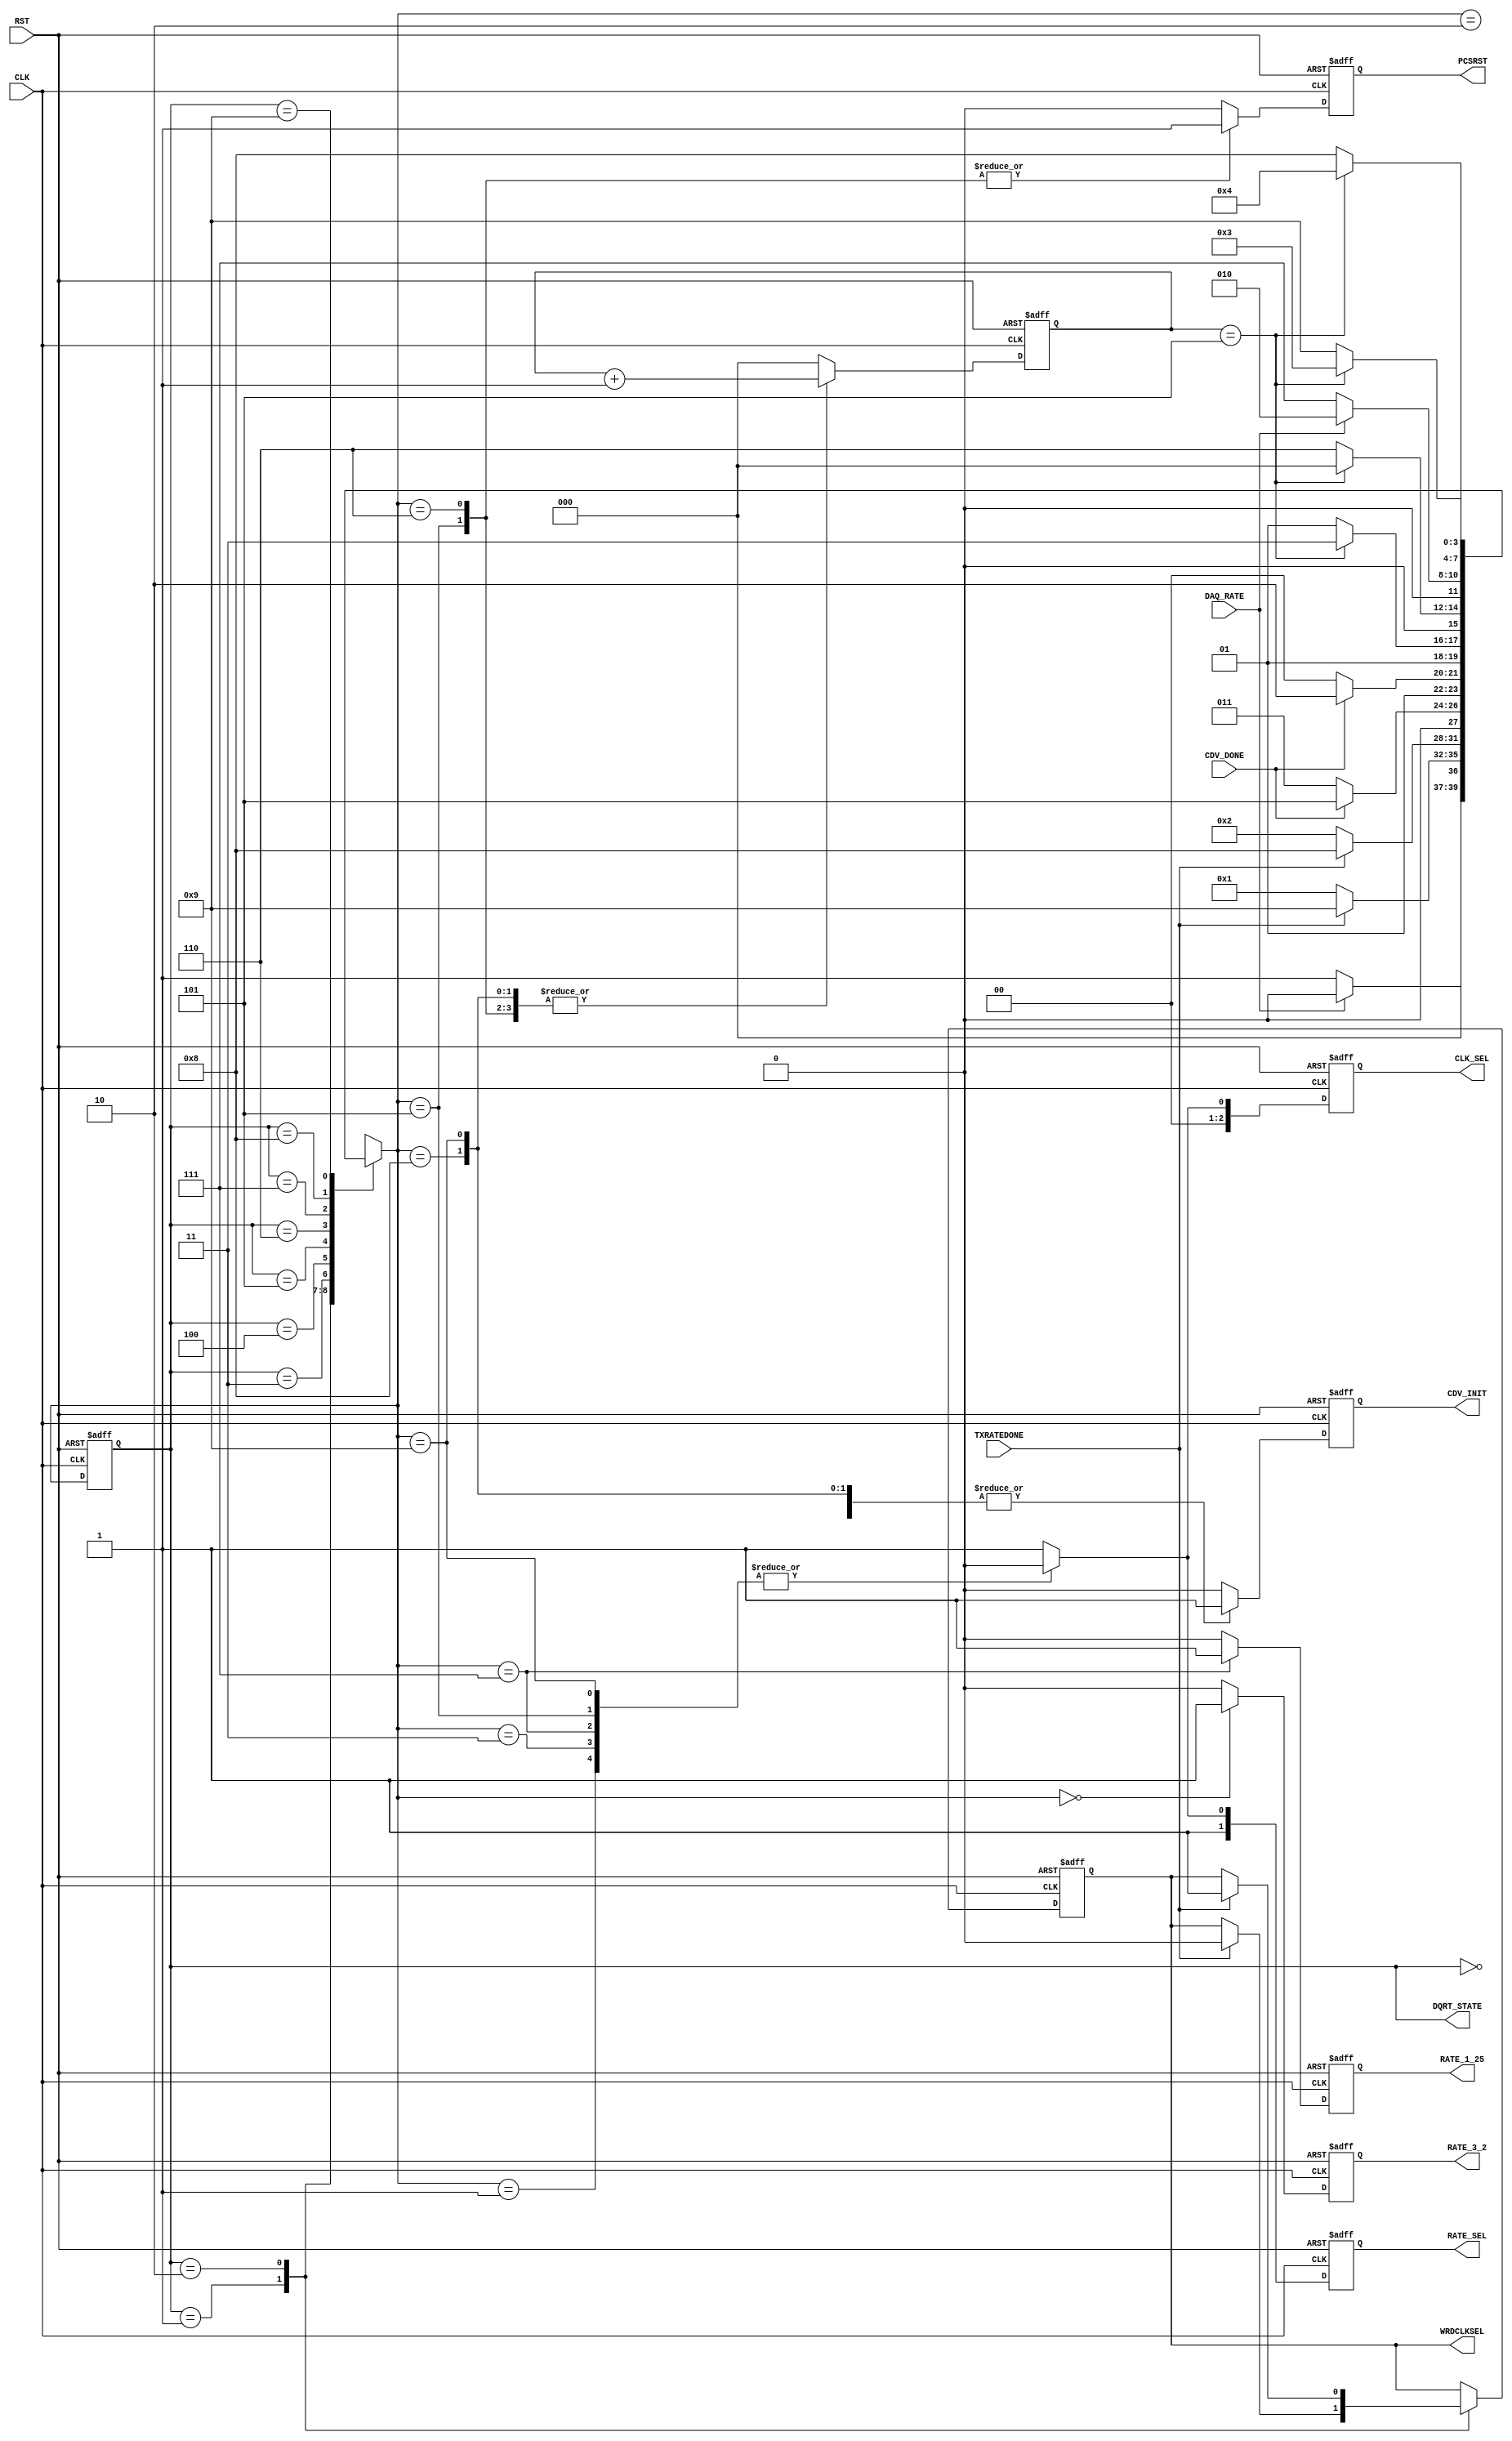
module DAQ_Rate_Sel_FSM (
  output reg CDV_INIT,
  output reg [2:0] CLK_SEL,
  output reg PCSRST,
  output reg RATE_1_25,
  output reg RATE_3_2,
  output reg [1:0] RATE_SEL,
  output reg WRDCLKSEL,
  output wire [3:0] DQRT_STATE,
  input CDV_DONE,
  input CLK,
  input DAQ_RATE,
  input RST,
  input TXRATEDONE 
);

  // state bits
  parameter 
  ST_3_2_GBPS  = 4'b0000, 
  RefClk125    = 4'b0001, 
  RefClk160    = 4'b0010, 
  RstClkDiv125 = 4'b0011, 
  RstClkDiv160 = 4'b0100, 
  RstPCS125    = 4'b0101, 
  RstPCS160    = 4'b0110, 
  ST_1_25_GBPS = 4'b0111, 
  WrdClk160    = 4'b1000, 
  WrdClk62_5   = 4'b1001; 

  reg [3:0] state;

  assign DQRT_STATE = state;

  reg [3:0] nextstate;

  reg [2:0] cnt;
  reg next_WRDCLKSEL;

  // comb always block
  always @* begin
    nextstate = 4'bxxxx; // default to x because default_state_is_x is set
    next_WRDCLKSEL = WRDCLKSEL;
    case (state)
      ST_3_2_GBPS : if (!DAQ_RATE)         nextstate = RefClk125;
                    else                   nextstate = ST_3_2_GBPS;
      RefClk125   : begin
        if             (TXRATEDONE) begin
                                           nextstate = WrdClk62_5;
                                           next_WRDCLKSEL = 0;
        end
        else                               nextstate = RefClk125;
      end
      RefClk160   : begin
        if             (TXRATEDONE) begin
                                           nextstate = WrdClk160;
                                           next_WRDCLKSEL = 1;
        end
        else                               nextstate = RefClk160;
      end
      RstClkDiv125: if (CDV_DONE)          nextstate = RstPCS125;
                    else                   nextstate = RstClkDiv125;
      RstClkDiv160: if (CDV_DONE)          nextstate = RstPCS160;
                    else                   nextstate = RstClkDiv160;
      RstPCS125   : if (cnt == 3'd5)       nextstate = ST_1_25_GBPS;
                    else                   nextstate = RstPCS125;
      RstPCS160   : if (cnt == 3'd5)       nextstate = ST_3_2_GBPS;
                    else                   nextstate = RstPCS160;
      ST_1_25_GBPS: if (DAQ_RATE)          nextstate = RefClk160;
                    else                   nextstate = ST_1_25_GBPS;
      WrdClk160   : if (cnt == 3'd5)       nextstate = RstClkDiv160;
                    else                   nextstate = WrdClk160;
      WrdClk62_5  : if (cnt == 3'd5)       nextstate = RstClkDiv125;
                    else                   nextstate = WrdClk62_5;
    endcase
  end

  // Assign reg'd outputs to state bits

  // sequential always block
  always @(posedge CLK or posedge RST) begin
    if (RST) begin
      state <= ST_3_2_GBPS;
      WRDCLKSEL <= 1;
    end
    else begin
      state <= nextstate;
      WRDCLKSEL <= next_WRDCLKSEL;
    end
  end

  // datapath sequential always block
  always @(posedge CLK or posedge RST) begin
    if (RST) begin
      CDV_INIT <= 0;
      CLK_SEL <= 3'b001;
      PCSRST <= 0;
      RATE_1_25 <= 0;
      RATE_3_2 <= 0;
      RATE_SEL <= 2'b11;
      cnt <= 3'h0;
    end
    else begin
      CDV_INIT <= 0; // default
      CLK_SEL <= 3'b001; // default
      PCSRST <= 0; // default
      RATE_1_25 <= 0; // default
      RATE_3_2 <= 0; // default
      RATE_SEL <= 2'b11; // default
      cnt <= 3'h0; // default
      case (nextstate)
        ST_3_2_GBPS :        RATE_3_2 <= 1;
        RefClk125   : begin
                             CDV_INIT <= 1;
                             CLK_SEL <= 3'b000;
                             RATE_SEL <= 2'b10;
        end
        RefClk160   :        CDV_INIT <= 1;
        RstClkDiv125: begin
                             CLK_SEL <= 3'b000;
                             RATE_SEL <= 2'b10;
        end
        RstPCS125   : begin
                             CLK_SEL <= 3'b000;
                             PCSRST <= 1;
                             RATE_SEL <= 2'b10;
                             cnt <= cnt + 1;
        end
        RstPCS160   : begin
                             PCSRST <= 1;
                             cnt <= cnt + 1;
        end
        ST_1_25_GBPS: begin
                             CLK_SEL <= 3'b000;
                             RATE_1_25 <= 1;
                             RATE_SEL <= 2'b10;
        end
        WrdClk160   : begin
                             CDV_INIT <= 1;
                             cnt <= cnt + 1;
        end
        WrdClk62_5  : begin
                             CDV_INIT <= 1;
                             CLK_SEL <= 3'b0000;
                             RATE_SEL <= 2'b10;
                             cnt <= cnt + 1;
        end
      endcase
    end
  end

  // This code allows you to see state names in simulation
  `ifndef SYNTHESIS
  reg [95:0] statename;
  always @* begin
    case (state)
      ST_3_2_GBPS : statename = "ST_3_2_GBPS";
      RefClk125   : statename = "RefClk125";
      RefClk160   : statename = "RefClk160";
      RstClkDiv125: statename = "RstClkDiv125";
      RstClkDiv160: statename = "RstClkDiv160";
      RstPCS125   : statename = "RstPCS125";
      RstPCS160   : statename = "RstPCS160";
      ST_1_25_GBPS: statename = "ST_1_25_GBPS";
      WrdClk160   : statename = "WrdClk160";
      WrdClk62_5  : statename = "WrdClk62_5";
      default     : statename = "XXXXXXXXXXXX";
    endcase
  end
  `endif

endmodule